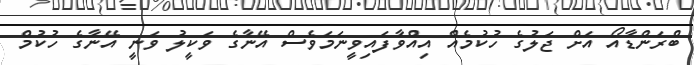
ބްރަންޑާއޯ އަށް ޖަލުގެ ހުކުމެއް އިއްވާފައިވީނަމަވެސް އޭނާގެ ވަކީލު ވަނީ އޭނާގެ ހުކުމް